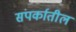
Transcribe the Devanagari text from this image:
संपर्कातील